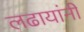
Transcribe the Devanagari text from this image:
लढायांनी